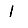
Digit: 1